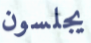
يجلسون